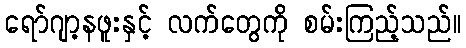
ရော်ဂျာ့နဖူးနှင့် လက်တွေကို စမ်းကြည့်သည်။